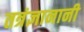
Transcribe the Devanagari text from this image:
तत्रंज्ञानानी